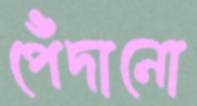
পেঁদানো